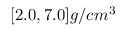
[ 2 . 0 , 7 . 0 ] g / { c m } ^ { 3 }